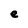
Character: e